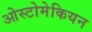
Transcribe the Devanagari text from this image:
ओस्टोमेकियन